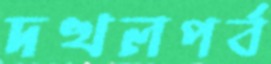
দখলপর্ব